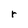
Character: r